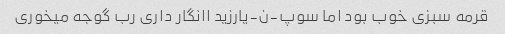
قرمه سبزی خوب بود اما سوپ-ن-یارزید اانگار داری رب گوجه میخوری